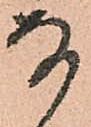
な